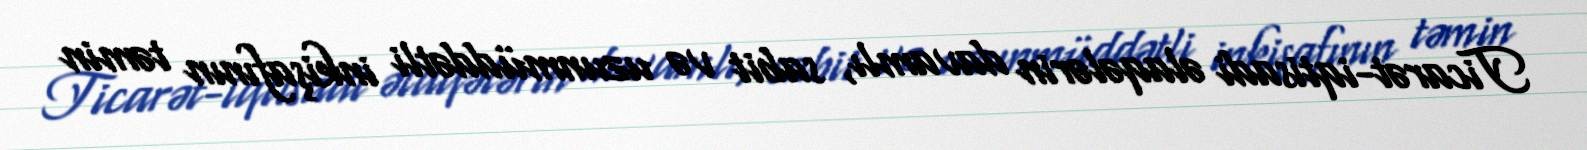
Ticarət-iqtisadi əlaqələrin davamlı, sabit və uzunmüddətli inkişafının təmin